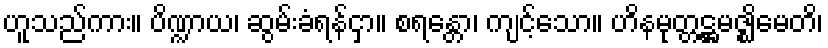
ဟူသည်ကား။ ပိဏ္ဍာယ၊ ဆွမ်းခံရန်ငှာ။ စရန္တော၊ ကျင့်သော။ ဟိနမုတ္တဋ္ဌမဇ္ဈိမေတိ၊